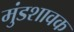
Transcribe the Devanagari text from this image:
मुंडशावक